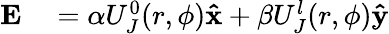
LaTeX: \begin{array}{rl}{\mathbf{E}}&{{}=\alpha U_{J}^{0}(r,\phi)\mathbf{\hat{x}}+\beta U_{J}^{l}(r,\phi)\mathbf{\hat{y}}}\end{array}